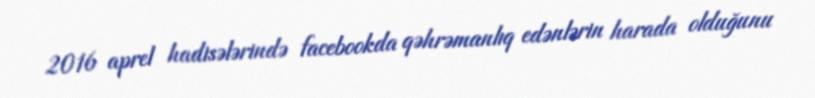
2016 aprel hadisələrində facebookda qəhrəmanlıq edənlərin harada olduğunu